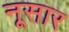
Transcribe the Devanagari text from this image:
नूसार